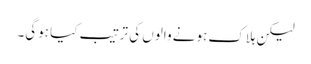
لیکن ہلاک ہونے والوں کی ترتیب کیا ہوگی۔